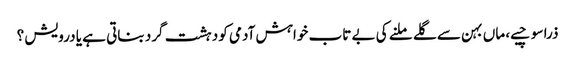
ذرا سوچیے، ماں بہن سے گلے ملنے کی بے تاب خواہش آدمی کو دہشت گرد بناتی ہے یا درویش ؟